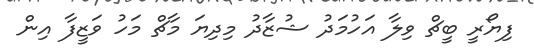
ފިޔޯރީ ބީޗް ވިލާ އަހުމަދު ޝުޒާދު މިދިޔަ މާޗް މަހު ވަޒީފާ އިން